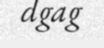
dgag